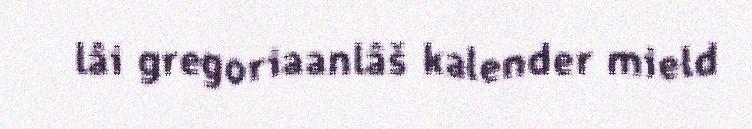
lâi gregoriaanlâš kalender mield